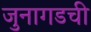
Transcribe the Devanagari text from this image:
जुनागडची